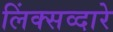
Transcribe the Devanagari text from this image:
लिंक्सव्दारे